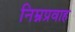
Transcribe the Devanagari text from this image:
निम्नप्रवाह